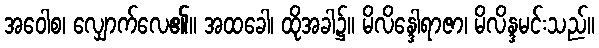
အဝေါစ၊ လျှောက်လေ၏။ အထခေါ၊ ထိုအခါ၌။ မိလိန္ဒေါရာဇာ၊ မိလိန္ဒမင်းသည်။